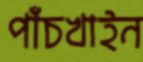
পাঁচখাইন